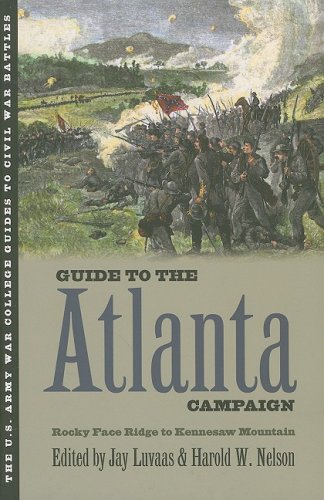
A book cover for Guide to the Atlanta Campaign: Rocky Face Ridge to Kennesaw Mountain (U.S. Army War College Guides to Civil War Battles); Travel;